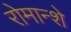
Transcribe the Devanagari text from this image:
रोमान्शे